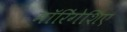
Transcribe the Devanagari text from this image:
मॉरिंगेशिए